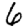
Digit: 6